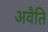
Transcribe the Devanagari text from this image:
अवैति